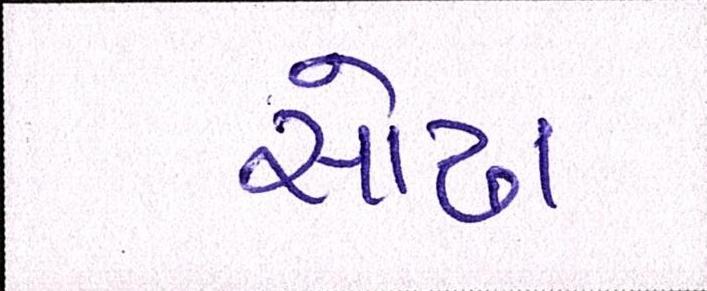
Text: સોઢા